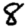
Digit: 8